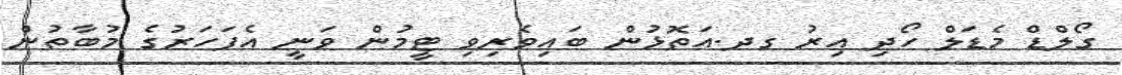
ގޯލްޑް މެޑަލް ހޯދި އިރު ގދ.އަތޮޅުން ބައިވެރިވި ޓީމުން ވަނީ އެފަހަރުގެ މުބާާތުން